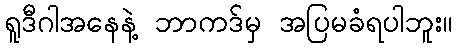
ရူဒီဂါအနေနဲ့ ဘာကဒ်မှ အပြမခံရပါဘူး။